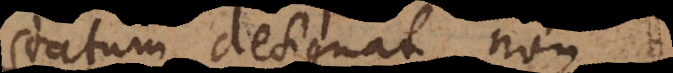
atum designat, non